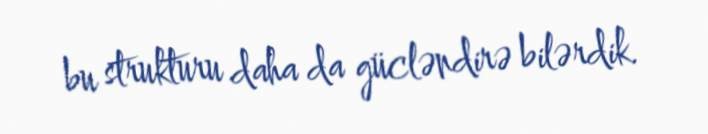
bu strukturu daha da gücləndirə bilərdik.